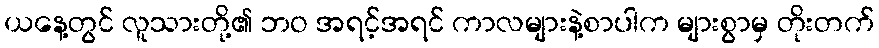
ယနေ့တွင် လူသားတို့၏ ဘဝ အရင့်အရင် ကာလများနဲ့စာပါက များစွာမှ တိုးတက်